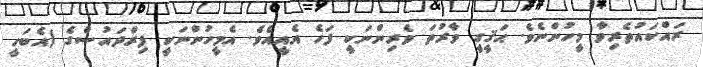
ރައްކައުތެރިވާ މީހުންނެވެ. ޙަޤީގީ ވާރުތަ ވެރިންނަކީ ފަހެ އެއީއެވެ. އެމީހުންނަކީ ފިރްދައުސްގެ (އެބަހީ